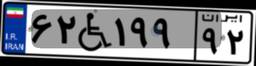
۶۲W۱۹۹۹۲